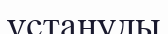
ұстануды